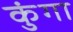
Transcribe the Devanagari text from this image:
कुंगा